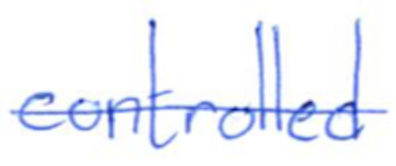
Text: controlled
Cross-out: mix
Writing tool: ballpoint